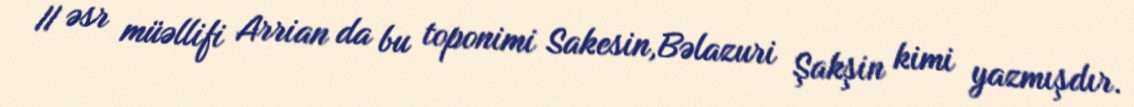
II əsr müəllifi Arrian da bu toponimi Sakesin,Bəlazuri Şakşin kimi yazmışdır.